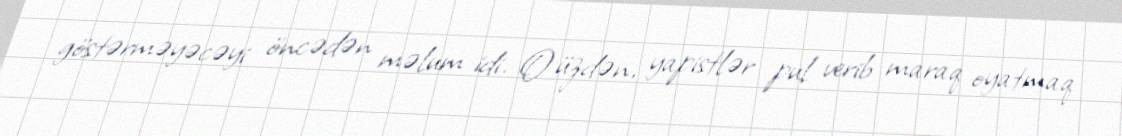
göstərməyəcəyi öncədən məlum idi. O üzdən, yapistlər pul verib maraq oyatmaq